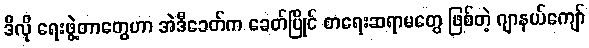
ဒီလို ရေးဖွဲ့တာတွေဟာ အဲဒီခေတ်က ခေတ်ပြိုင် စာရေးဆရာမတွေ ဖြစ်တဲ့ ဂျာနယ်ကျော်